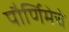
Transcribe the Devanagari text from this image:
पौर्णिमेचे